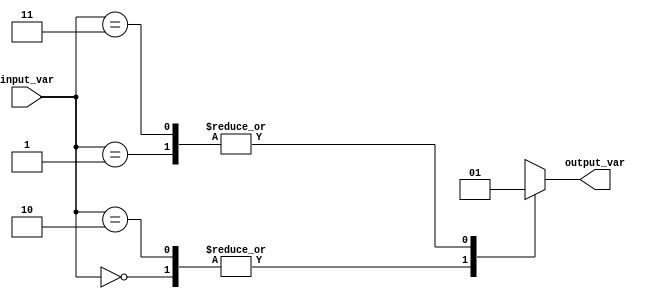
module behavioral_modeling(
    input wire [1:0] input_var,
    output reg output_var
);

initial begin
    case(input_var)
        2'b00: output_var <= 1'b0;
        2'b01: output_var <= 1'b1;
        2'b10: output_var <= 1'b0;
        2'b11: output_var <= 1'b1;
        default: output_var <= 1'b0;
    endcase
end

endmodule